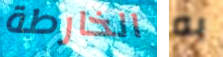
الخارطة به